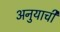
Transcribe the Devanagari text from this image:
अनुयाची